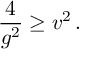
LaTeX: { \frac { 4 } { g ^ { 2 } } } \geq v ^ { 2 } \, .